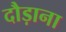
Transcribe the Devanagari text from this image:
दौड़ाना